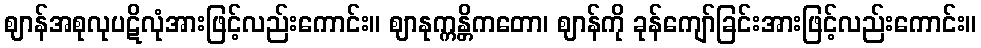
ဈာန်အစုလုပဋိလုံအားဖြင့်လည်းကောင်း။ ဈာနုက္ကန္တိကတော၊ ဈာန်ကို ခုန်ကျော်ခြင်းအားဖြင့်လည်းကောင်း။